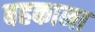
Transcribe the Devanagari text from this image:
बहकाना